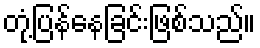
တုံ့ပြန်နေခြင်းဖြစ်သည်။